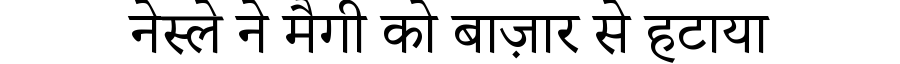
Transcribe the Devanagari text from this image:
नेस्ले ने मैगी को बाज़ार से हटाया